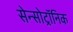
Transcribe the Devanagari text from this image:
सेन्सोट्रॉनिक